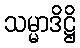
သမ္မာဒိဋ္ဌိ